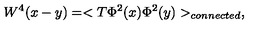
W ^ { 4 } ( x - y ) = < T \Phi ^ { 2 } ( x ) \Phi ^ { 2 } ( y ) > _ { c o n n e c t e d } ,